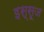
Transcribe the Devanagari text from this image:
इस्सूज